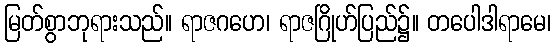
မြတ်စွာဘုရားသည်။ ရာဇဂဟေ၊ ရာဇဂြိုဟ်ပြည်၌။ တပေါဒါရာမေ၊